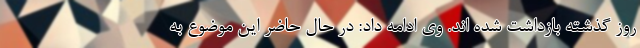
روز گذشته بازداشت شده اند. وی ادامه داد: در حال حاضر این موضوع به